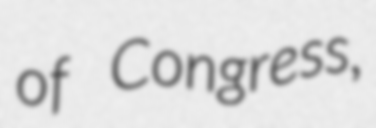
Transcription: of Congress,